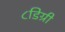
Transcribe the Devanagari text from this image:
८डिग्री